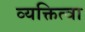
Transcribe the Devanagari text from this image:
व्यक्तित्वा